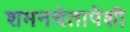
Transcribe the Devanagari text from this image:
शमनचेतापेशी